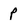
Character: p